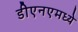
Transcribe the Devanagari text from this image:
डीएनएमध्ये